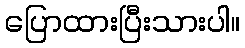
ပြောထားပြီးသားပါ။